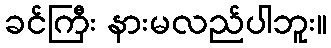
ခင်ကြီး နားမလည်ပါဘူး။